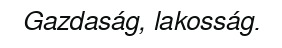
Gazdaság, lakosság.